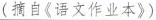
(摘自《语文作业本》)